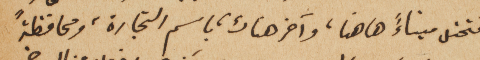
فتحتل ميناءً ها هنا، وآخر هناك، باسم التجارة، ومحافظةً